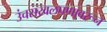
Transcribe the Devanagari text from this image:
उंचसखलपणावरून